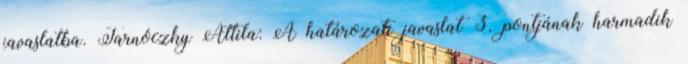
javaslatba. Tarnóczky Attila: A határozati javaslat 3. pontjának harmadik